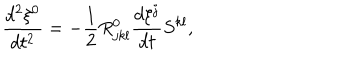
LaTeX: \frac { d ^ { 2 } \xi ^ { 0 } } { d t ^ { 2 } } = - \frac { 1 } { 2 } R _ { j k l } ^ { 0 } \frac { d \xi ^ { j } } { d t } S ^ { k l } ,